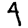
Digit: 4